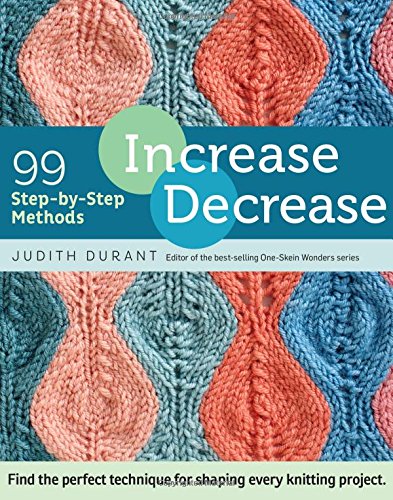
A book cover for Increase, Decrease: 99 Step-by-Step Methods; Find the Perfect Technique for Shaping Every Knitting Project; Judith Durant; Crafts, Hobbies & Home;